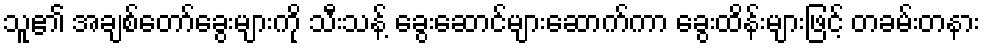
သူ၏ အချစ်တော်ခွေးများကို သီးသန့် ခွေးဆောင်များဆောက်ကာ ခွေးထိန်းများဖြင့် တခမ်းတနား